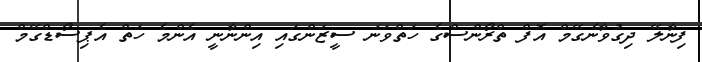
ފިނާލޭ ދިގުވާނެގޭމް އޮފް ތްރޯންސްގެ ހަތްވަނަ ސީޒަންގައި އިންނާނީ އެންމެ ހަތް އެޕިސޯޑްގޭމް